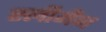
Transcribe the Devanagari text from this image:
स्‍लीमैन